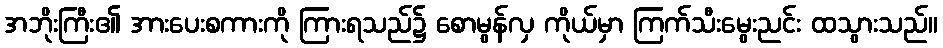
အဘိုးကြီး၏ အားပေးစကားကို ကြားရသည်၌ စောမွန်လှ ကိုယ်မှာ ကြက်သီးမွေးညင်း ထသွားသည်။